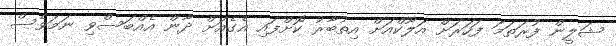
ޝަލީން ފުރަތަމަ ފަހަރަށް އަލޫކްއަށް އިތުބާރު ކޮށްފައި އެގެއަށް ދާން އެއްބަސްވި ނަމަވެސް